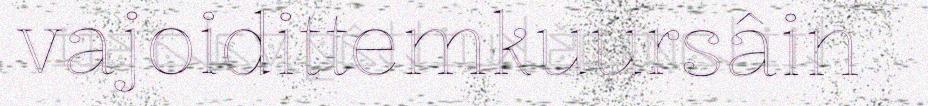
vajoidittemkuursâin